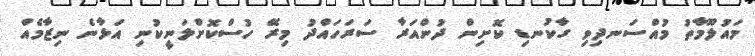
މައުލޫމާތު މުއްސަނދިވި ގާކުނޑި ކޮށިން ދުންއަރާ ސަރަހައްދު މިރޭ ހުސްކޮށްލަނީކުނި އަޅާނެ ނިޒާމެއް